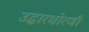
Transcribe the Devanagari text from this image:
उद्धारधोरणी